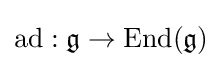
\mathrm {ad} :{\mathfrak {g}}\to \operatorname {End} ({\mathfrak {g}})